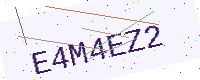
Text: E4M4EZ2